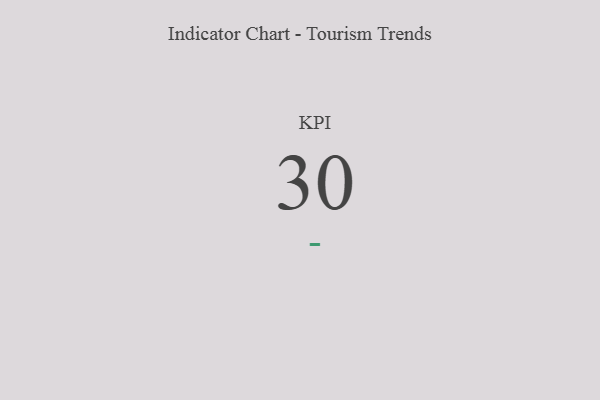
{"axis": {"x": "KPI", "y": "Value"}, "legend": [""], "data": [{"x": "KPI", "y": 30, "type": ""}]}